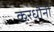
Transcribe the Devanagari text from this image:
करधौनी